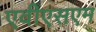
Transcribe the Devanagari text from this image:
एवीएसएम